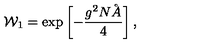
{ \cal W } _ { 1 } = \exp \left[ - \frac { g ^ { 2 } N \AA } 4 \right] ,